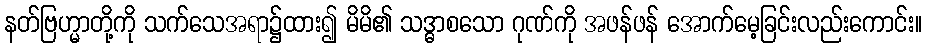
နတ်ဗြဟ္မာတို့ကို သက်သေအရာ၌ထား၍ မိမိ၏ သဒ္ဓာစသော ဂုဏ်ကို အဖန်ဖန် အောက်မေ့ခြင်းလည်းကောင်း။